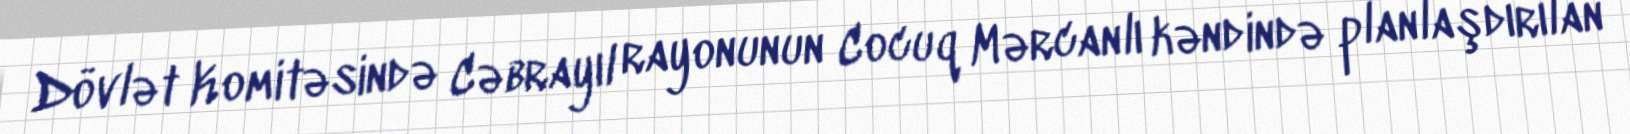
Dövlət Komitəsində Cəbrayıl rayonunun Cocuq Mərcanlı kəndində planlaşdırılan